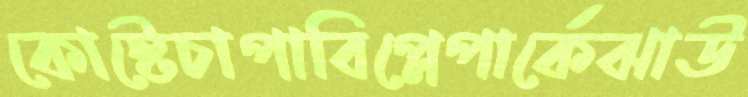
কোস্টেচাপাবিপ্লেপার্কেঝাউ